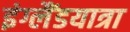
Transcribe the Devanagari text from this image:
इंग्लैंडयात्रा